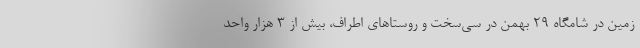
زمین در شامگاه 29 بهمن در سی‌سخت و روستاهای اطراف، بیش از 3 هزار واحد